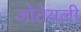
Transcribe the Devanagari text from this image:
जोतेयली